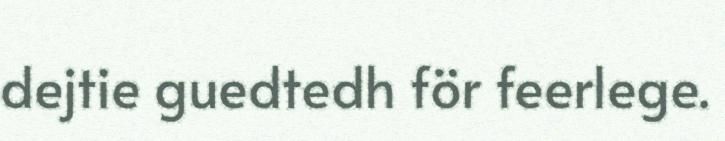
dejtie guedtedh för feerlege.